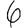
Digit: 6